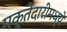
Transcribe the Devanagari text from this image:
मक्तेदारीमध्ये